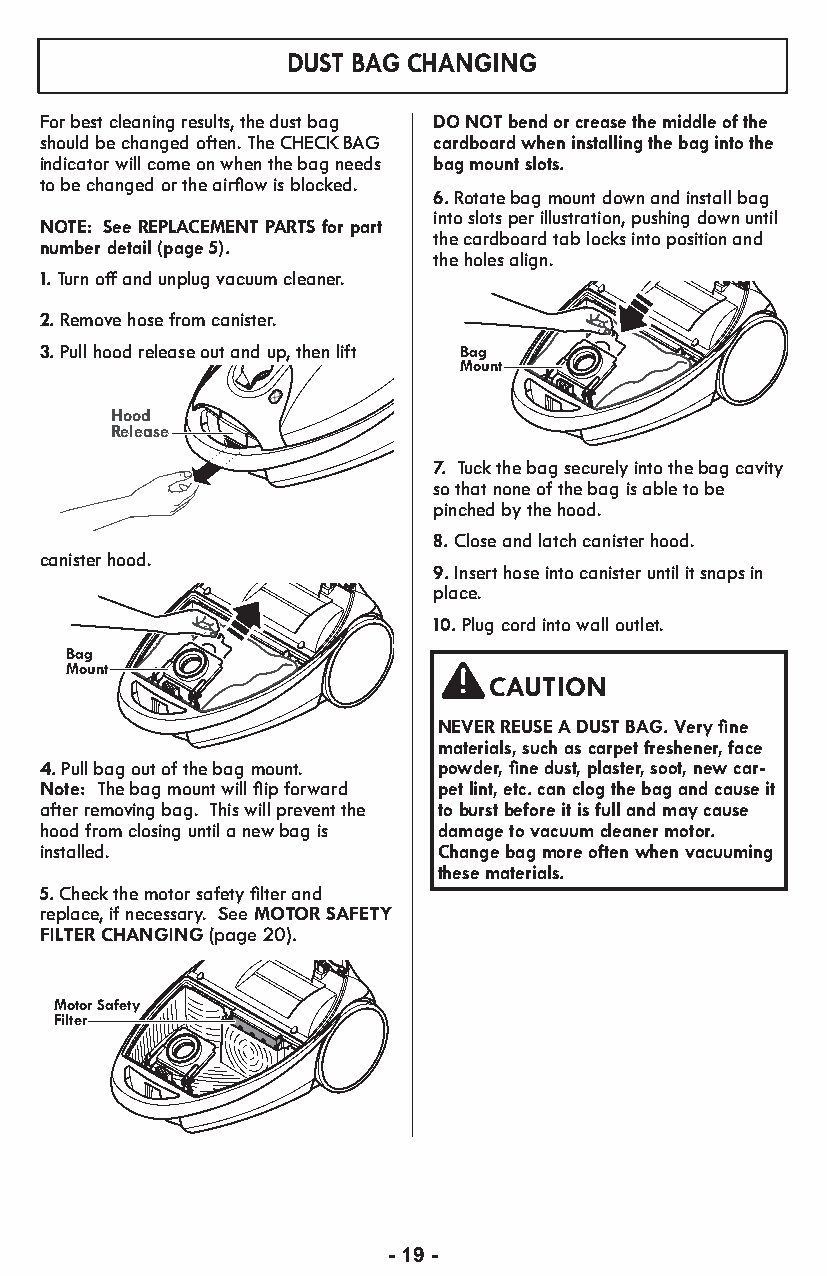
DUST BAG CHANGING
 For best cleaning results, the dust bag DO NOT bend or crease the middle of the
 should be changed often. The CHECK BAG cardboard when installing the bag into the
 indicator will come on when the bag needs bag mount slots.
 to be changed or the airflow is blocked.
 6. Rotate bag mount down and install bag
 into slots per illustration, pushing down until
 NOTE: See REPLACEMENT PARTS for part
 the cardboard tab locks into position and
 number detail (page 5).
 the holes align.
 1. Turn off and unplug vacuum cleaner.
 2. Remove hose from canister.
 3.Pull hood release out and up, then lift Bag
 Mount
 Hood
 Release
 7. Tuck the bag securely into the bag cavity
 so that none of the bag is able to be
 pinched by the hood.
 8. Close and latch canister hood.
 canister hood.
 9.Insert hose into canister until it snaps in
 place.
 10.Plug cord into wall outlet.
 Bag
 Mount
 CAUTION
 NEVER REUSE A DUST BAG. Very fine
 materials, such as carpet freshener, face
 4. Pull bag out of the bag mount. powder, fine dust, plaster, soot, new car-
 Note: The bag mount will flip forward pet lint, etc. can clog the bag and cause it
 after removing bag. This will prevent the to burst before it is full and may cause
 hood from closing until a new bag is damage to vacuum cleaner motor.
 installed.                Change bag more often when vacuuming
 these materials.
 5. Check the motor safety filter and
 replace, if necessary. See MOTOR SAFETY
 FILTER CHANGING(page 20).
 Motor Safety
 Filter
 - 19 -